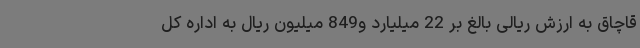
قاچاق به ارزش ریالی بالغ بر 22 میلیارد و849 میلیون ریال به اداره کل